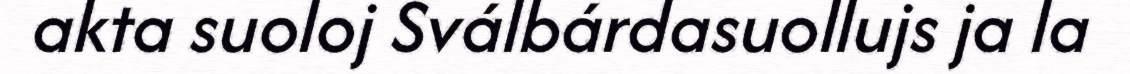
akta suoloj Sválbárdasuollujs ja la